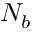
N _ { b }